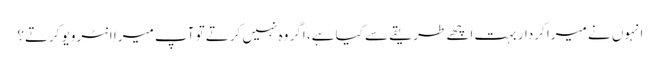
انہوں نے میرا کردار بہت اچھے طریقے سے کیا ہے، اگر وہ نہیں کرتے تو آپ میرا انٹرویو کرتے؟